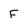
Character: F